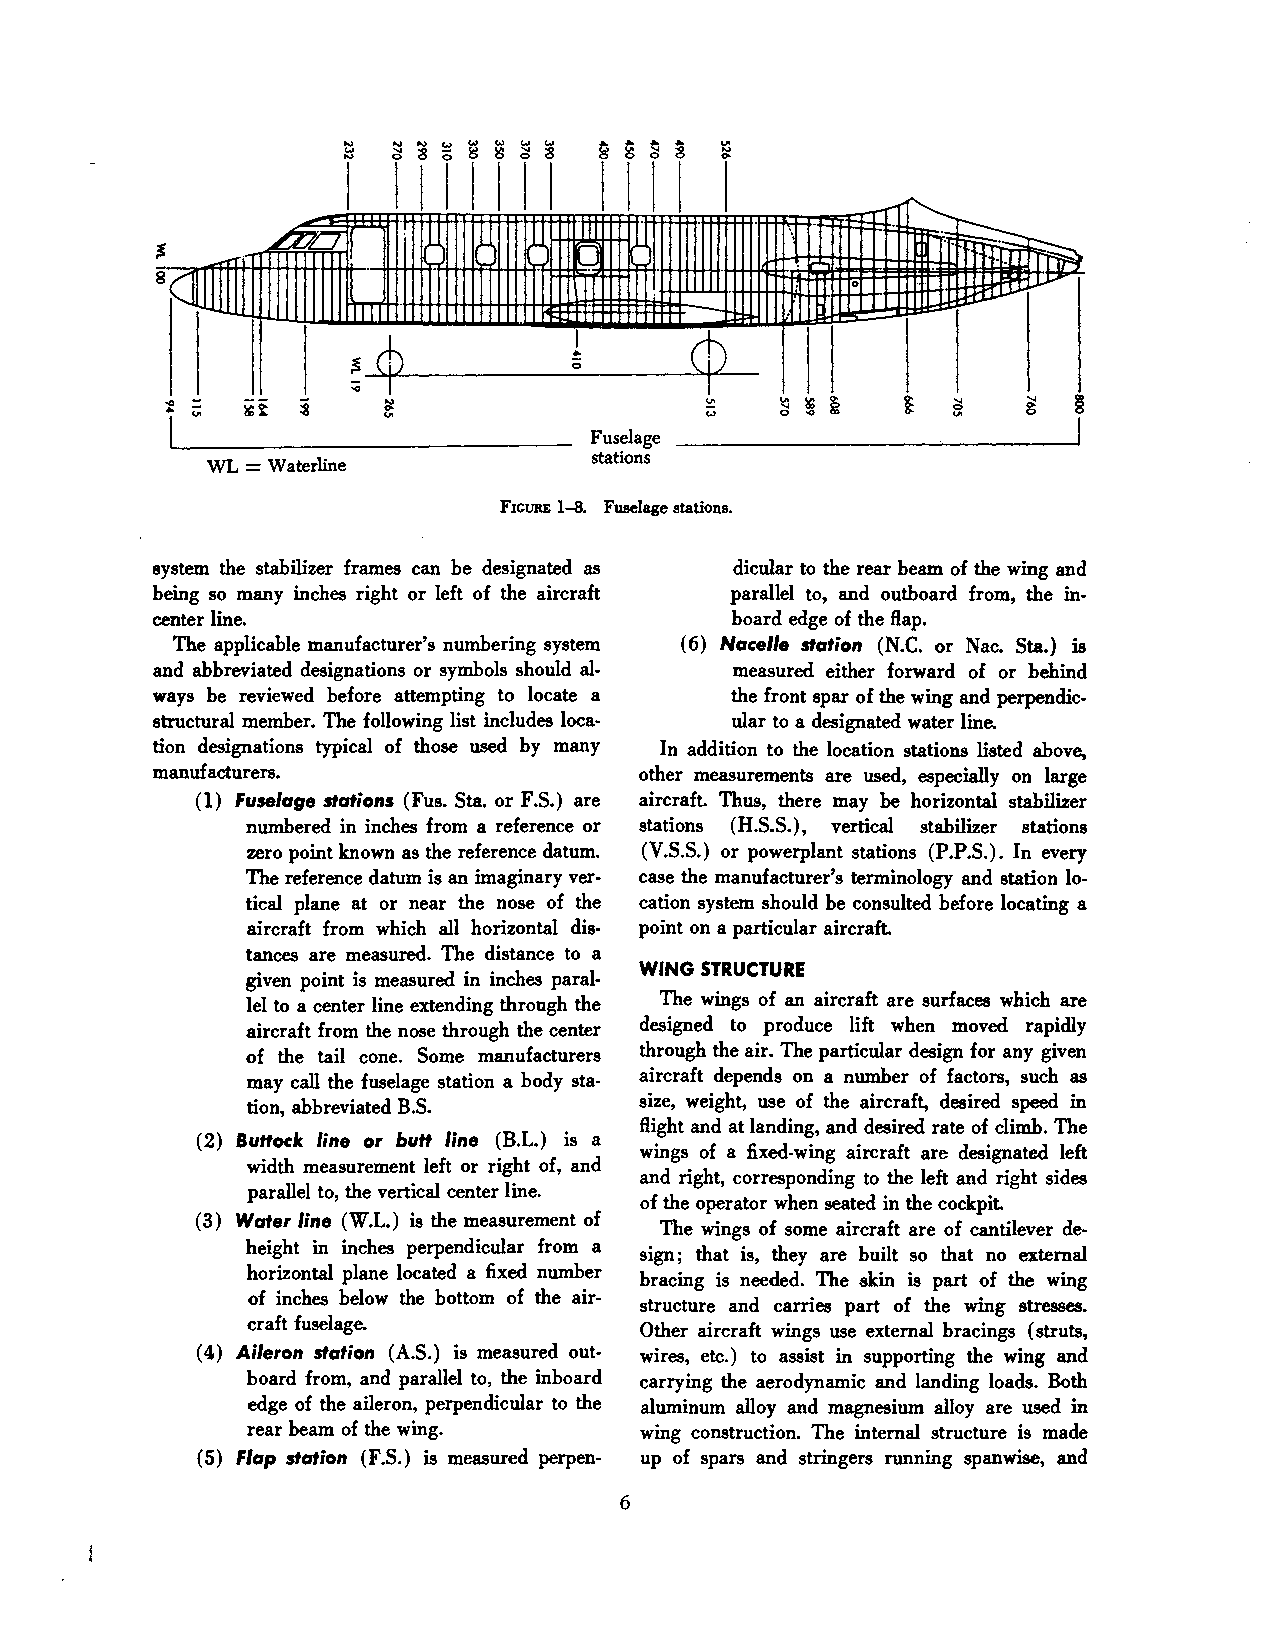
i   iiiiiii
 "'---
 n
 r·t  +-t . +-t -m ll      t1    -
 ~-~
 ,......
 .......,..,..    )...I )...I """'              .··.ill~
 f-·            1'--:-'
 ~                          II              l 0        tttt LJ..V
 1m                 . "rt     ~H lj
 ¢            I      ¢
 !:
 ~              0
 ;;;
 -:.
 ....
 Fuselage
 WL = Waterline            stations
 FIGURE 1-8. Fuselage stations.
 system the stabilizer frames can he designated as dicular to the rear beam of the wing and
 being so many inches right or left of the aircraft parallel to, and outboard from, the in
 center line.                          hoard edge of the flap.
 The applicable manufacturer's numbering system (6) Nacelle station (N.C. or Nac. Sta.) is
 and abbreviated designations or symbols should al measured either forward of or behind
 ways he reviewed before attempting to locate a the front spar of the wing and perpendic
 structural member. The following list includes loca ular to a designated water line.
 tion designations typical of those used by many In addition to the location stations listed above,
 manufacturers.                  other measurements are used, especially on large
 (1) Fuselage stations (Fus. Sta. or F.S.) are aircraft. Thus, there may he horizontal stabilizer
 numbered in inches from a reference or stations (H.S.S.), vertical stabilizer stations
 zero point known as the reference datum. (V.S.S.) or powerplant stations (P.P.S.). In every
 The reference datum is an imaginary ver case the manufacturer's terminology and station lo
 tical plane at or near the nose of the cation system should he consulted before locating a
 aircraft from which all horizontal dis point on a particular aircraft.
 tances are measured. The distance to a
 WING STRUCTURE
 given point is measured in inches paral
 lel to a center line extending through the The wings of an aircraft are surfaces which are
 aircraft from the nose through the center designed to produce lift when moved rapidly
 of the tail cone. Some manufacturers through the air. The particular design for any given
 may call the fuselage station a body sta aircraft depends on a number of factors, such as
 tion, abbreviated B.S.    size, weight, use of the aircraft, desired speed in
 flight and at landing, and desired rate of climb. The
 (2) Buttock line or butt line (B.L.) is a
 wings of a fixed-wing aircraft are designated left
 width measurement left or right of, and
 and right, corresponding to the left and right sides
 parallel to, the vertical center line.
 of the operator when seated in the cockpit.
 (3) Water line (W.L.) is the measurement of
 The wings of some aircraft are of cantilever de
 height in inches perpendicular from a
 sign; that is, they are built so that no external
 horizontal plane located a fixed number
 bracing is needed. The skin is part of the wing
 of inches below the bottom of the air
 structure and carries part of the wing stresses.
 craft fuselage.
 Other aircraft wings use external hracings (struts,
 (4) Aileron station (A.S.) is measured out wires, etc.) to assist in supporting the wing and
 hoard from, and parallel to, the inboard carrying the aerodynamic and landing loads. Both
 edge of the aileron, perpendicular to the aluminum alloy and magnesium alloy are used in
 rear beam of the wing.    wing construction. The internal structure is made
 (5) Flap station (F.S.) is measured perpen- up of spars and stringers running spanwise, and
 6